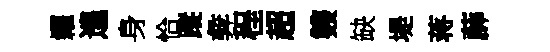
糴遑身恰蹤彜程超䨇缺堤蒋薜